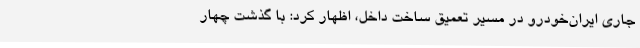
جاری ایران‌خودرو در مسیر تعمیق ساخت داخل، اظهار کرد: با گذشت چهار